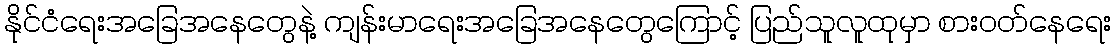
နိုင်ငံရေးအခြေအနေတွေနဲ့ ကျန်းမာရေးအခြေအနေတွေကြောင့် ပြည်သူလူထုမှာ စားဝတ်နေရေး